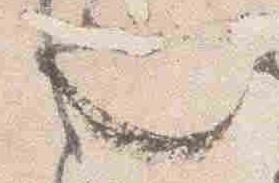
也